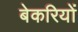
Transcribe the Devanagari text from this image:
बेकरियों